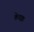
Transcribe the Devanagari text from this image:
केचक्र